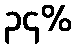
၃၄%